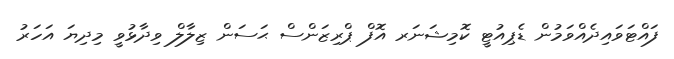
ފައްޓަވައިދެއްވަމުން ޑެޕިއުޓީ ކޮމިޝަނަރ އޮފް ޕްރިޒަންސް ޙަސަން ޒިލާލް ވިދާޅުވީ މިދިޔަ އަހަރު